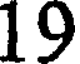
19